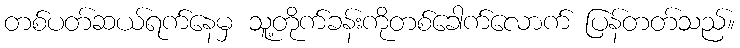
တစ်ပတ်ဆယ်ရက်နေမှ သူ့တိုက်ခန်းကိုတစ်ခေါက်လောက် ပြန်တတ်သည်။